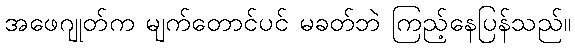
အဖေဂျုတ်က မျက်တောင်ပင် မခတ်ဘဲ ကြည့်နေပြန်သည်။